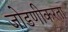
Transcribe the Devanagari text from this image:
जोडणीकरता